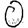
Digit: 0